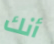
أنك